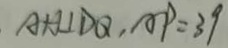
A H \bot D Q , A P = 3 9